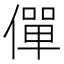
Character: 僤